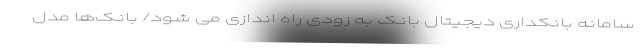
سامانه بانکداری دیجیتال بانک به زودی راه اندازی می شود/ بانک‌ها مدل